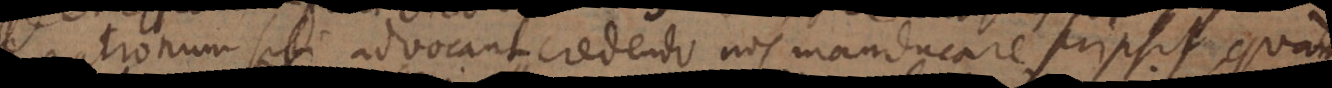
patronum sibi advocant credendo nos manducare scrip